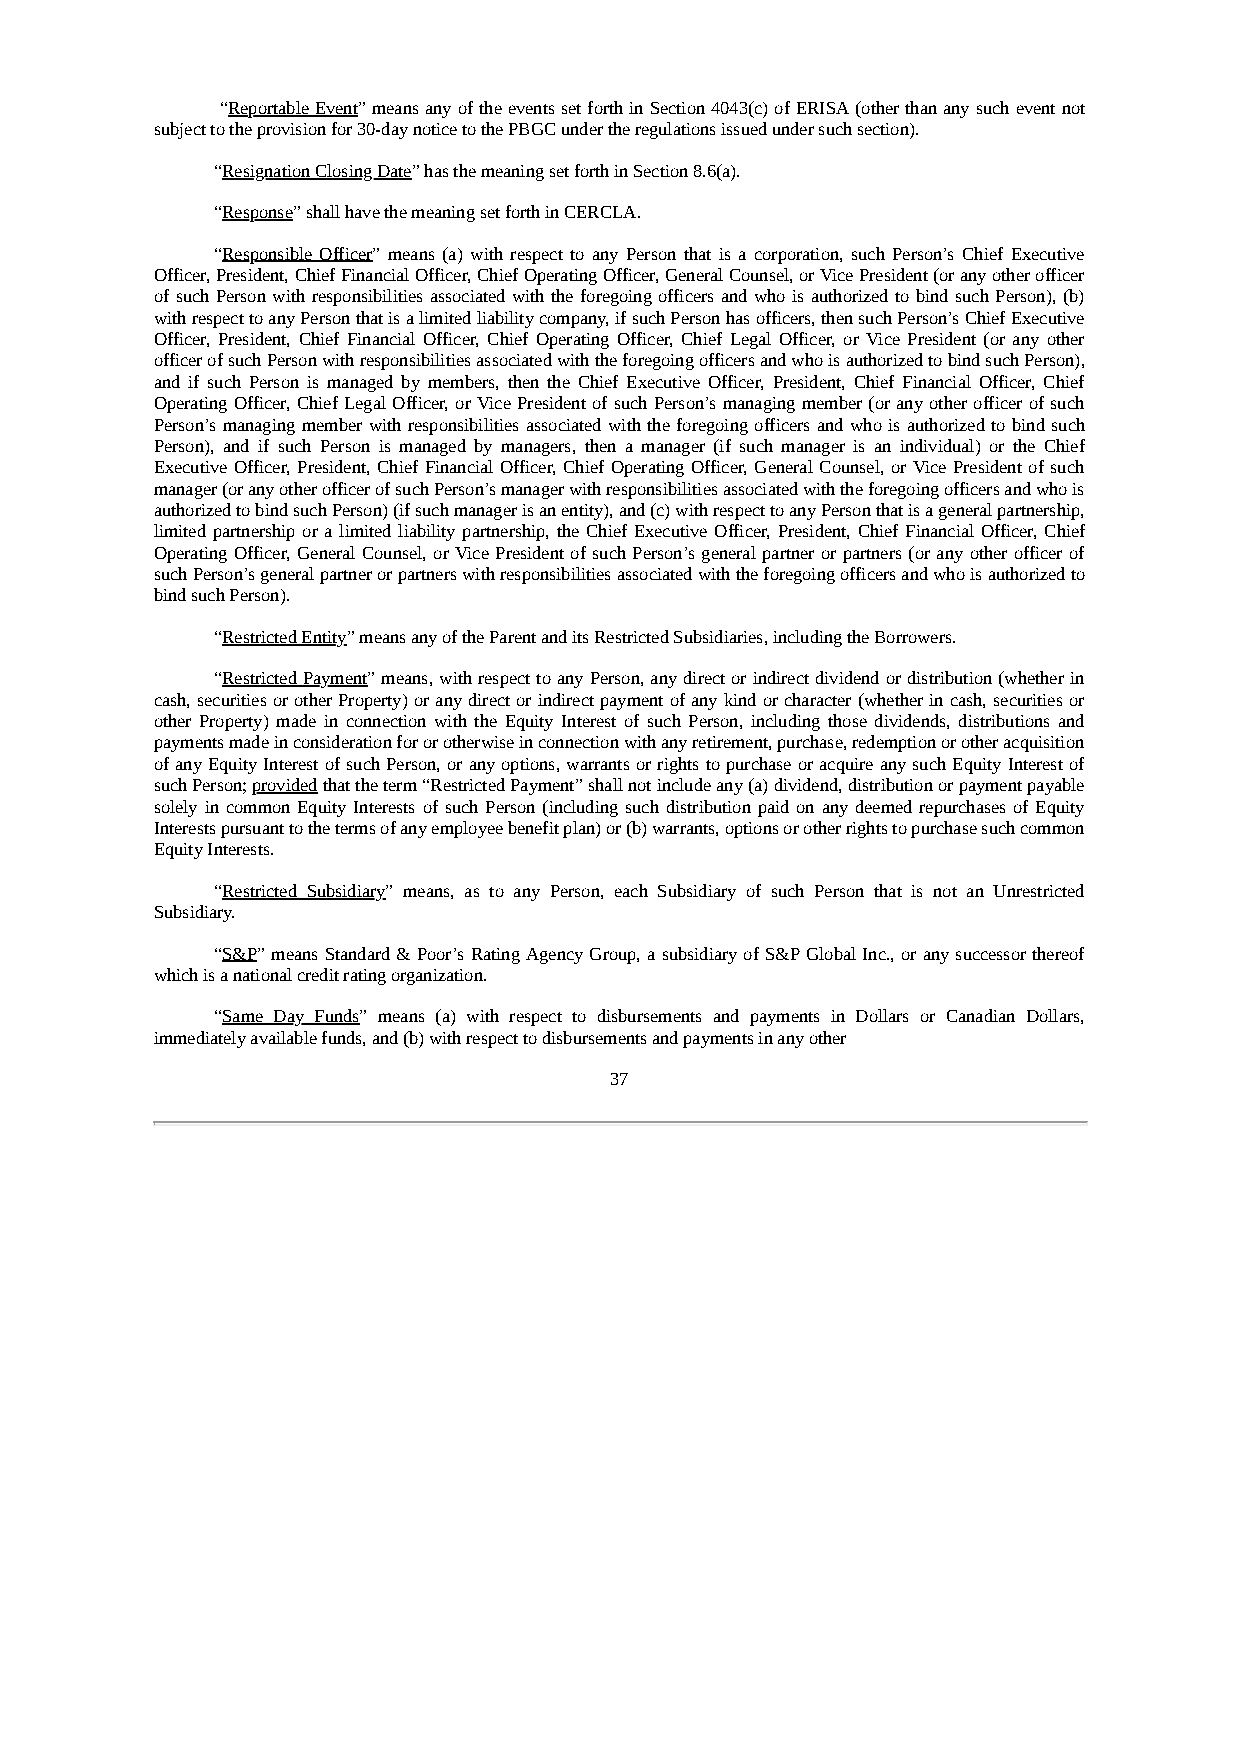
“Reportable Event” means any of the events set forth in Section 4043(c) of ERISA (other than any such event not
 subject to the provision for 30-day notice to the PBGC under the regulations issued under such section).
 “Resignation Closing Date” has the meaning set forth in Section 8.6(a).
 “Response” shall have the meaning set forth in CERCLA.
 “Responsible Officer” means (a) with respect to any Person that is a corporation, such Person’s Chief Executive
 Officer, President, Chief Financial Officer, Chief Operating Officer, General Counsel, or Vice President (or any other officer
 of such Person with responsibilities associated with the foregoing officers and who is authorized to bind such Person), (b)
 with respect to any Person that is a limited liability company, if such Person has officers, then such Person’s Chief Executive
 Officer, President, Chief Financial Officer, Chief Operating Officer, Chief Legal Officer, or Vice President (or any other
 officer of such Person with responsibilities associated with the foregoing officers and who is authorized to bind such Person),
 and if such Person is managed by members, then the Chief Executive Officer, President, Chief Financial Officer, Chief
 Operating Officer, Chief Legal Officer, or Vice President of such Person’s managing member (or any other officer of such
 Person’s managing member with responsibilities associated with the foregoing officers and who is authorized to bind such
 Person), and if such Person is managed by managers, then a manager (if such manager is an individual) or the Chief
 Executive Officer, President, Chief Financial Officer, Chief Operating Officer, General Counsel, or Vice President of such
 manager (or any other officer of such Person’s manager with responsibilities associated with the foregoing officers and who is
 authorized to bind such Person) (if such manager is an entity), and (c) with respect to any Person that is a general partnership,
 limited partnership or a limited liability partnership, the Chief Executive Officer, President, Chief Financial Officer, Chief
 Operating Officer, General Counsel, or Vice President of such Person’s general partner or partners (or any other officer of
 such Person’s general partner or partners with responsibilities associated with the foregoing officers and who is authorized to
 bind such Person).
 “Restricted Entity” means any of the Parent and its Restricted Subsidiaries, including the Borrowers.
 “Restricted Payment” means, with respect to any Person, any direct or indirect dividend or distribution (whether in
 cash, securities or other Property) or any direct or indirect payment of any kind or character (whether in cash, securities or
 other Property) made in connection with the Equity Interest of such Person, including those dividends, distributions and
 payments made in consideration for or otherwise in connection with any retirement, purchase, redemption or other acquisition
 of any Equity Interest of such Person, or any options, warrants or rights to purchase or acquire any such Equity Interest of
 such Person; provided that the term “Restricted Payment” shall not include any (a) dividend, distribution or payment payable
 solely in common Equity Interests of such Person (including such distribution paid on any deemed repurchases of Equity
 Interests pursuant to the terms of any employee benefit plan) or (b) warrants, options or other rights to purchase such common
 Equity Interests.
 “Restricted Subsidiary” means, as to any Person, each Subsidiary of such Person that is not an Unrestricted
 Subsidiary.
 “S&P” means Standard & Poor’s Rating Agency Group, a subsidiary of S&P Global Inc., or any successor thereof
 which is a national credit rating organization.
 “Same Day Funds” means (a) with respect to disbursements and payments in Dollars or Canadian Dollars,
 immediately available funds, and (b) with respect to disbursements and payments in any other
 37